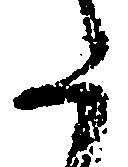
た